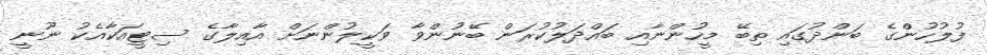
ފުލުހުންގެ ބަންދުގައި ތިބޭ މީހުންނާއި ބައްދަލުކުރަން ބޭނުންވާ ވަކީލުންނަށް އާއިލާގެ ސިޓީއަކާއެކު ނޫނީ